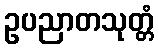
ဥပညာတသုတ္တံ